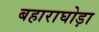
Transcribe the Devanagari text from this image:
बहाराघोड़ा